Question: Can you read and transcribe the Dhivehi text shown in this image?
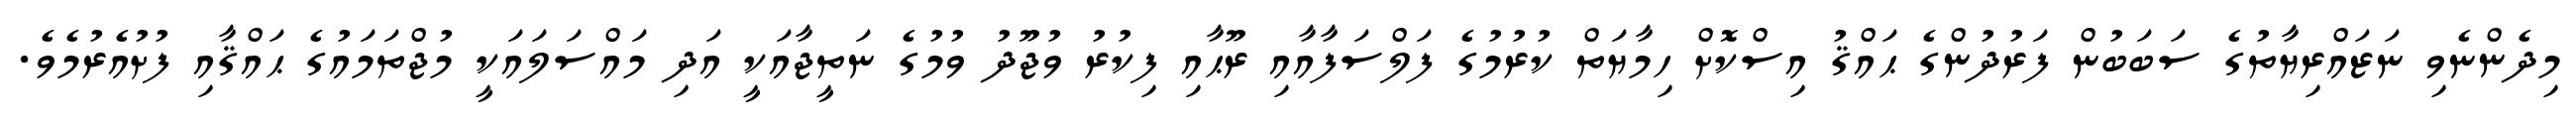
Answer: މިދެންނެވި ނަޒައްރިޔާތުގެ ސަބަބުން ފަރުދުންގެ ޙައްޤު އިސްކޮށް ހިމާޔަތް ކުރުމުގެ ފަލްސަފާއާއި ރޫޙާއި ފިކުރު ވުޖޫދު ވުމުގެ ނަތީޖާއަކީ އަދި މައްސަލައަކީ މުޖްތަމައުގެ ޙައްޤާއި ފުށުއެރުމެވެ.